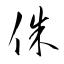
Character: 侏